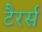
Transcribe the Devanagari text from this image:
टैरर्स